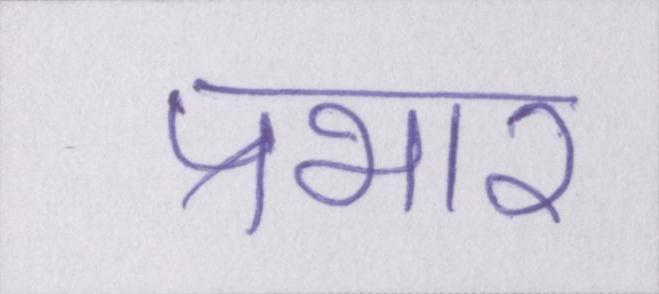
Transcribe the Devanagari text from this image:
प्रभार